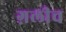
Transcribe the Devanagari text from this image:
ग़लीच